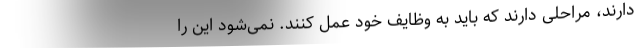
دارند، مراحلی دارند که باید به وظایف خود عمل کنند. نمی‌شود این را